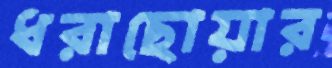
ধরাছোয়ার